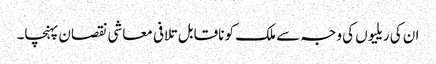
ان کی ریلیوں کی وجہ سے ملک کو ناقابل تلافی معاشی نقصان پہنچا۔